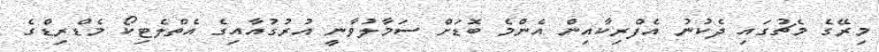
މިރޭގެ މެޗުގައި ދެކުނު އެފްރިކާއިން އެންމެ ބޮޑަށް ސަމާލުވާނީ އުރުގުއާއިގެ އެތްލެޓިކޯ މެޑްރިޑްގެ